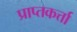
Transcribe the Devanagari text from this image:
प्राप्तकर्त्ता